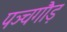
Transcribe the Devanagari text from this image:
पञ्चगौड़